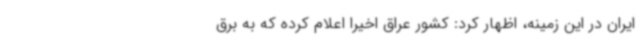
ایران در این زمینه، اظهار کرد: کشور عراق اخیرا اعلام کرده که به برق